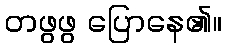
တဖွဖွ ပြောနေ၏။